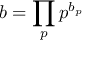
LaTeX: \; b = \prod _ { p } p ^ { b _ { p } }